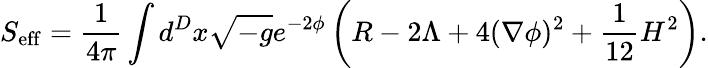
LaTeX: S_{\mathrm{eff}}=\frac{1}{4\pi}\int d^{D}x\sqrt{-g}e^{-2\phi}\left(R-2\Lambda+4(\nabla\phi)^{2}+\frac{1}{12}H^{2}\right).